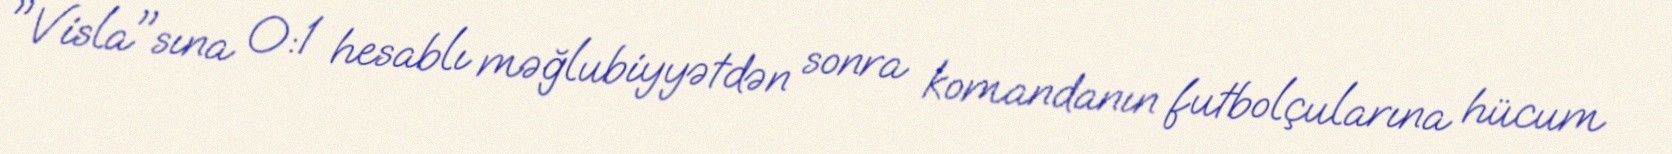
"Visla"sına 0:1 hesablı məğlubiyyətdən sonra komandanın futbolçularına hücum